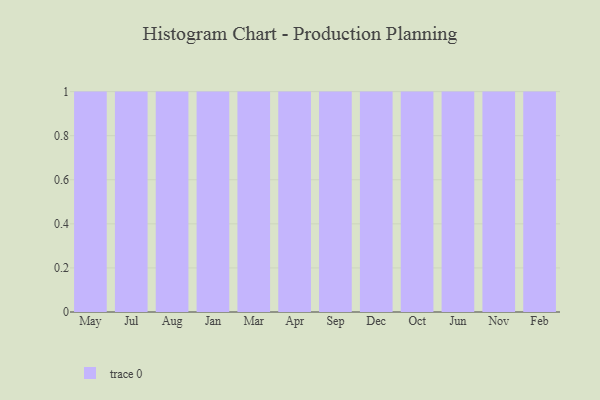
{"axis": {"x": "Month", "y": "LTV (USD)"}, "legend": [""], "data": [{"x": "May", "y": 24, "type": ""}, {"x": "Jul", "y": 2, "type": ""}, {"x": "Aug", "y": 55, "type": ""}, {"x": "Jan", "y": 2, "type": ""}, {"x": "Mar", "y": 64, "type": ""}, {"x": "Apr", "y": 53, "type": ""}, {"x": "Sep", "y": 51, "type": ""}, {"x": "Dec", "y": 19, "type": ""}, {"x": "Oct", "y": 74, "type": ""}, {"x": "Jun", "y": 54, "type": ""}, {"x": "Nov", "y": 30, "type": ""}, {"x": "Feb", "y": 55, "type": ""}]}